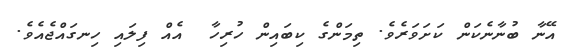
އޭނާ ބުނާނެކަން ކަށަވަރެވެ. ތިމަންގެ ކިބައިން ހުރިހާ  އެއް ފިލައި ހިނގައްޖެއެވެ.